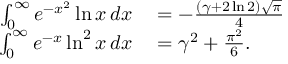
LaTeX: \begin{array} { r l } { \int _ { 0 } ^ { \infty } e ^ { - x ^ { 2 } } \ln x \, d x } & { { } = - { \frac { ( \gamma + 2 \ln 2 ) { \sqrt { \pi } } } { 4 } } } \\ { \int _ { 0 } ^ { \infty } e ^ { - x } \ln ^ { 2 } x \, d x } & { { } = \gamma ^ { 2 } + { \frac { \pi ^ { 2 } } { 6 } } . } \end{array}